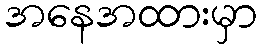
အနေအထားမှာ